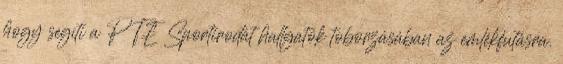
hogy segíti a PTE Sportirodát hallgatók toborzásában az emlékfutásra.